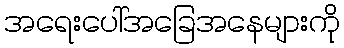
အရေးပေါ်အခြေအနေများကို